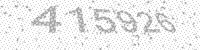
Solution: 415926